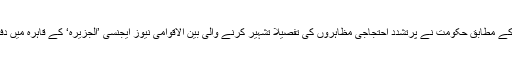
مصر کے سرکاری ذرائع ابلاغ کے مطابق حکومت نے پرتشدد احتجاجی مظاہروں کی تفصیلاً تشہیر کرنے والی بین الاقوامی نیوز ایجنسی ’الجزیرہ‘ کے قاہرہ میں دفاتر کو بند کرنے کا حکم دیا ہے۔